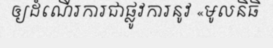
ឲ្យដំណើរការជាផ្លូវការនូវ «មូលនិធិ